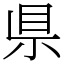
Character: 県